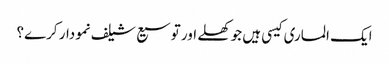
ایک الماری کیسی ہیں جو کھلے اور توسیع شیلف نمودار کرے؟